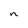
Character: n